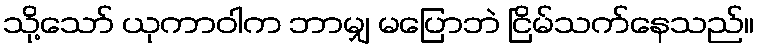
သို့သော် ယုကာဝါက ဘာမျှ မပြောဘဲ ငြိမ်သက်နေသည်။